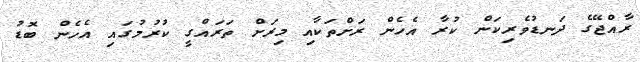
ރާއްޖޭގެ ދަނޑުވެރިކަން ކުރާ އެހެން ރަށްތަކާއި މިރަށް ތަރައްގީ ކުރުމުގައި އެހެން ބޮޑު